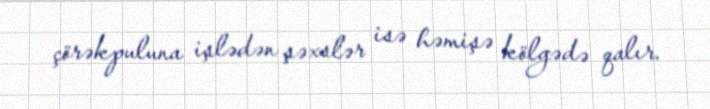
çörəkpuluna işlədən şəxslər isə həmişə kölgədə qalır.